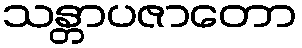
သန္တာပဇာတော